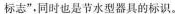
标志”，同时也是节水型器具的标识。